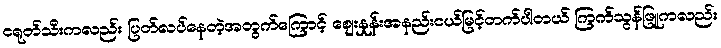
ငရုတ်သီးကလည်း ပြတ်လပ်နေတဲ့အတွက်ကြောင့် စျေးနှုန်းအနည်းငယ်မြင့်တက်ပါတယ် ကြက်သွန်ဖြူကလည်း